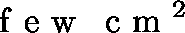
\boldmath { \mathrm { ~ f ~ e ~ w ~ \, ~ c ~ m ~ } ^ { 2 } }